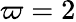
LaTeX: \varpi=2